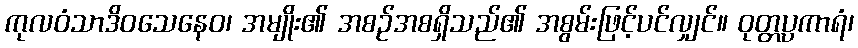
ကုလဝံသာဒိဝသေနေဝ၊ အမျိုး၏ အစဉ်အစရှိသည်၏ အစွမ်းဖြင့်ပင်လျှင်။ ဝုတ္တပ္ပကာရံ၊